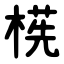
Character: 㮱